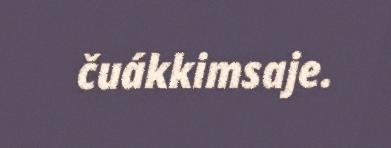
čuákkimsaje.